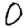
Digit: 0